Eesti_Vabariigi_Tartu_Ulikool, lk 75
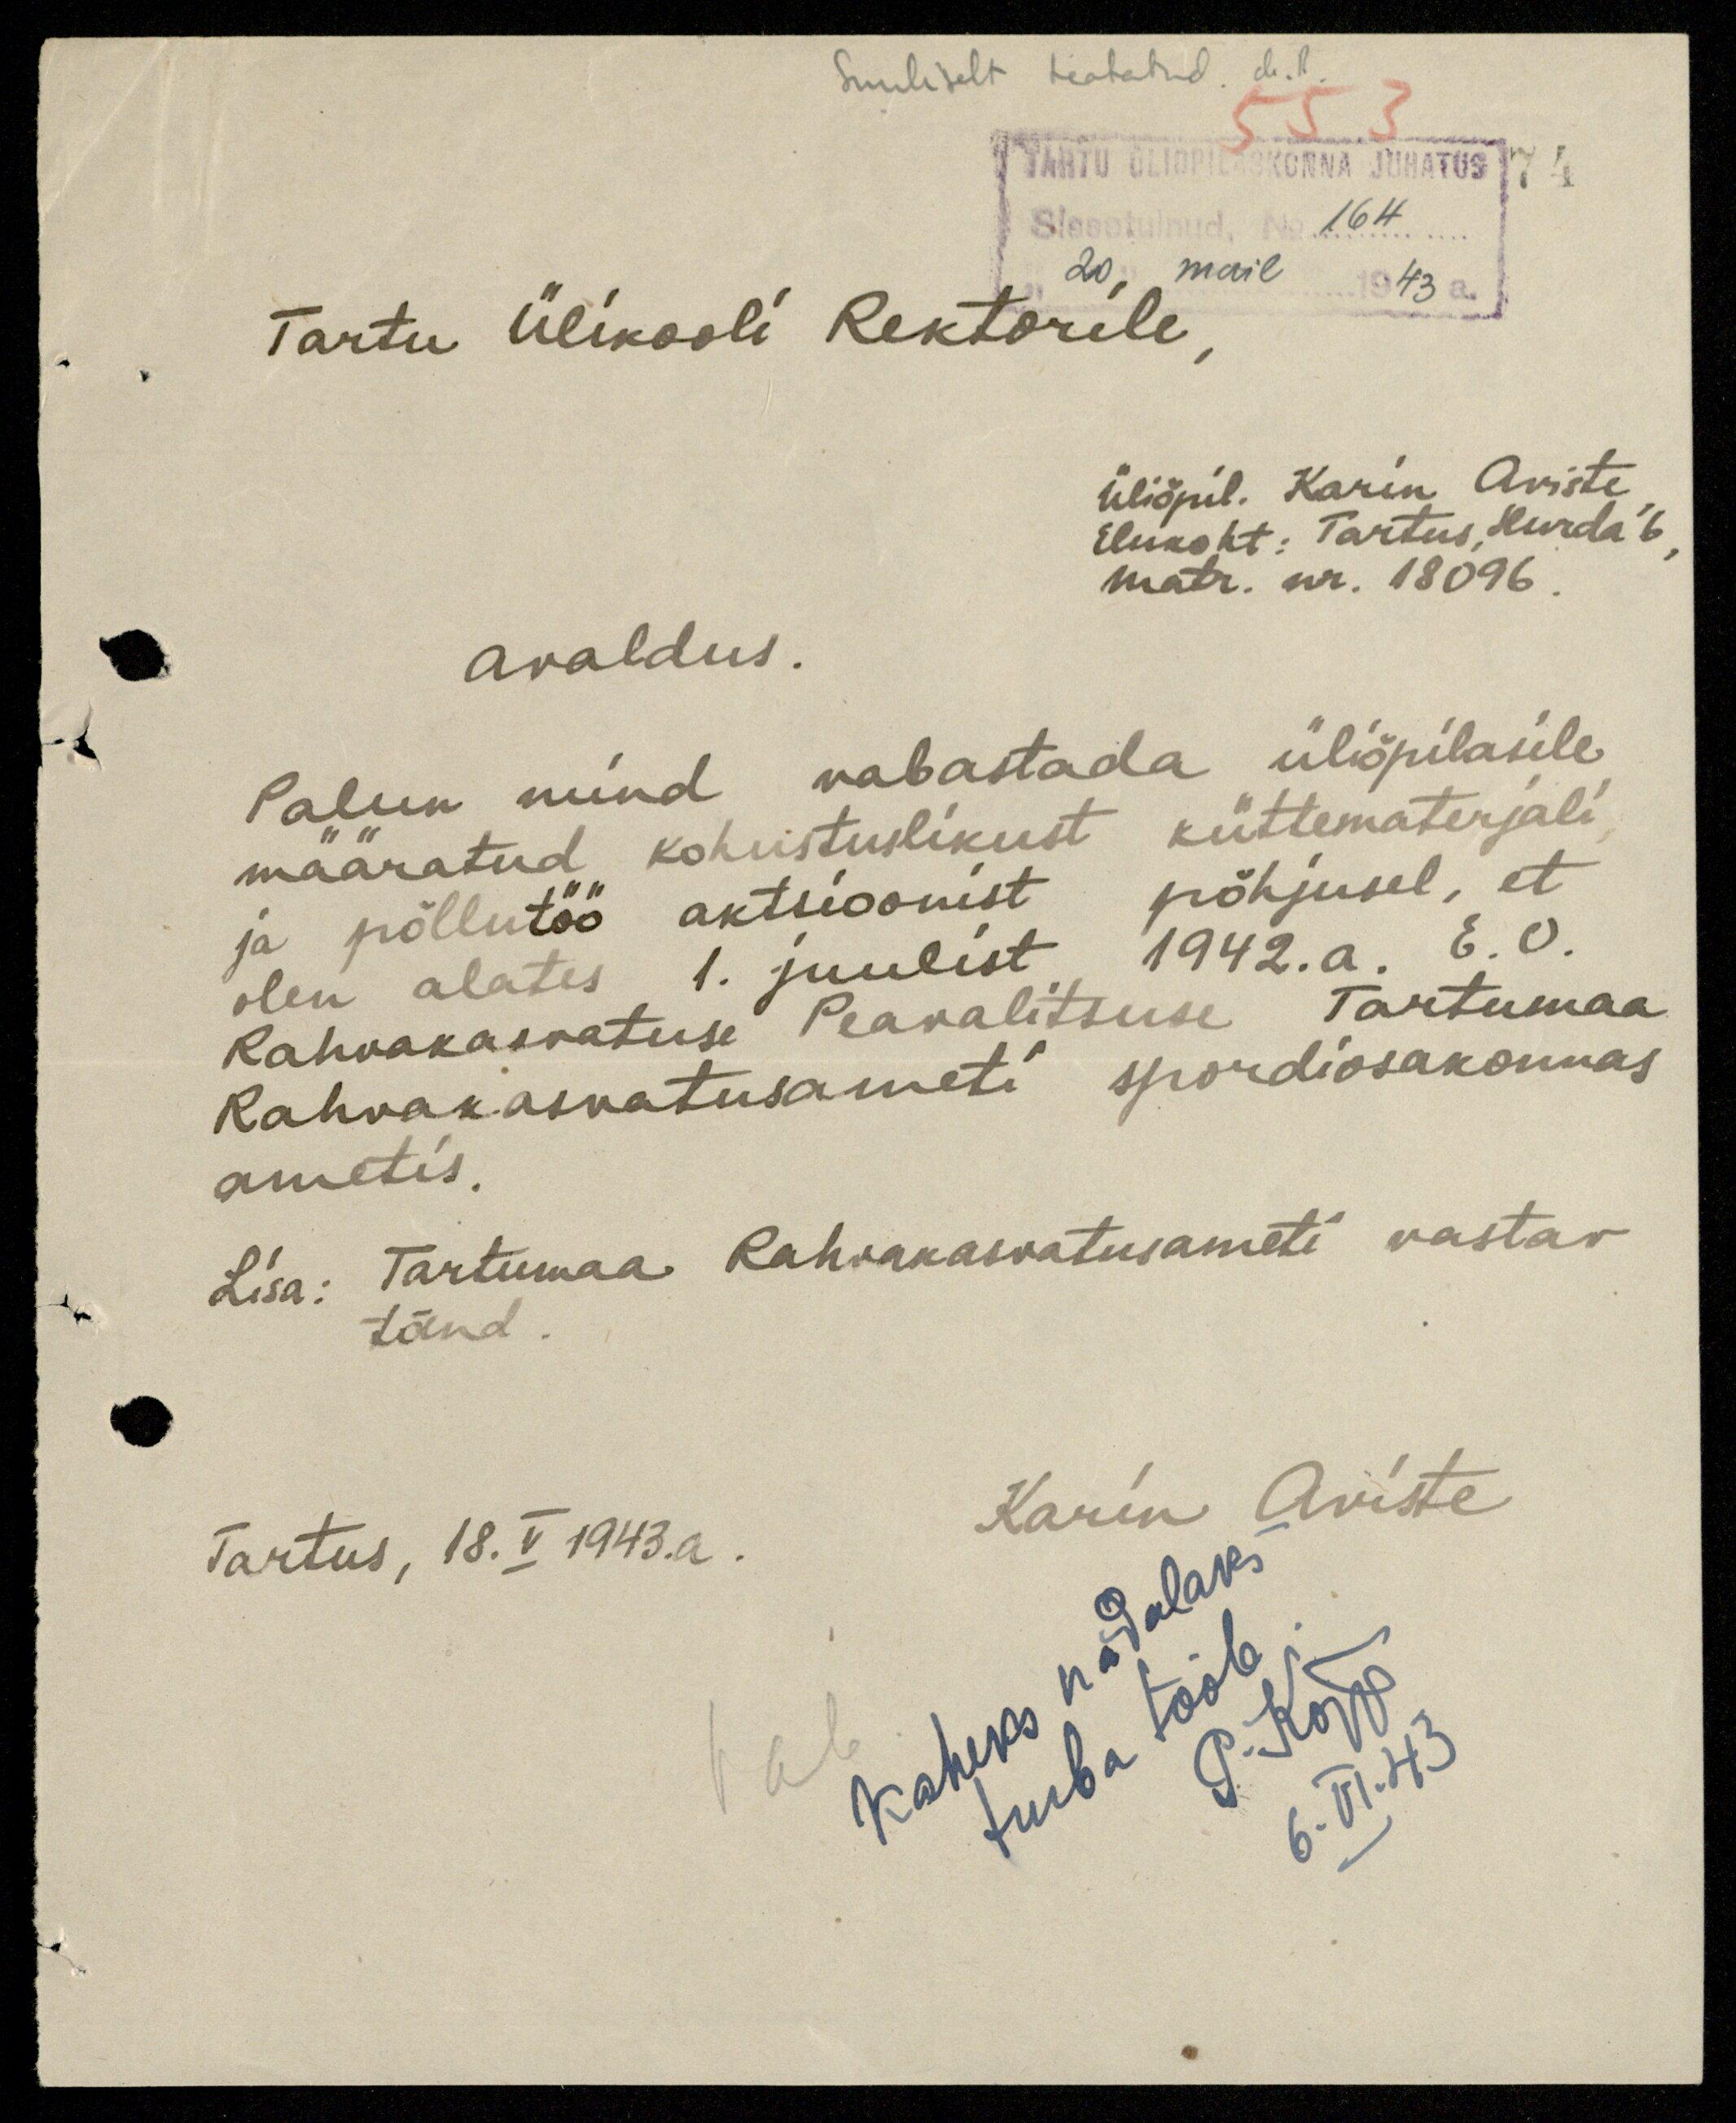
Suuliselt teatatud. dr. R.
553
TARTU ÜLIÕPILASKONNA JUHATUS 74
Sissetulnud No. 164
20, mail 1943 a.
Tartu Ülikooli Rektorile
üliõpil. Karin Aviste
Elukoht: Tartus, Hurda ´6,
matr. nr. 18096
Avaldus.
Palun mind vabastada üliõpilasile
määratud kohustuslikust küttematerjali
ja põllutöö aktsioonist põhjusel, et
olen alates 1. juulist 1942. a. E. V.
Rahvakasvatuse Peavalitsuse Tartumaa
Rahvakasvatusameti spordiosakonnas
ametis.
Lisa: Tartumaa Rahvakasvatusameti vastav
tõend
Karin Aviste
Tartus, 18. V 1943. a.
Vab
Kaheks nädalaks
turba tööle.
P. Kõpp
6. VI. 43